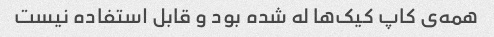
همه‌ی کاپ کیک‌ها له شده بود و قابل استفاده نیست